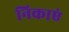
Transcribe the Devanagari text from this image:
निकाएं